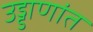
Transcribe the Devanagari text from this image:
उड्डाणांत